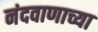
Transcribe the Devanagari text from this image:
नंदवाणाच्या